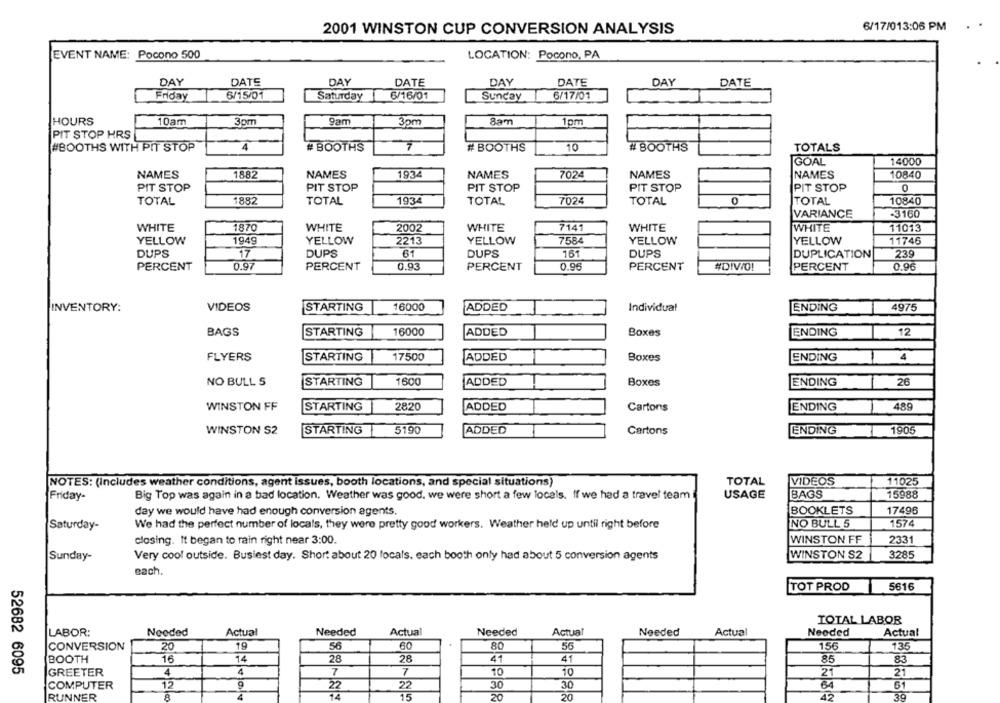
6/17/013:06 PM
2001 WINSTON CUP CONVERSION ANALYSIS
EVENT NAME: Pocono 500
LOCATION: Pocono, PA
DAY
DATE
DAY
DATE
DAY
DATE
DAY
DATE
Friday
6/15/01
Saturday
6/16/01
Sunday
6/17/01
HOURS
10am
3pm
9am
3pm
8am
1pm
PIT STOP HRS
#BOOTHS WITH PIT STOP
4
# BOOTHS
10
# BOOTHS
TOTALS
# BOOTHS
GOAL
14000
NAMES
1882
NAMES
1934
NAMES
7024
NAMES
NAMES
10840
PIT STOP
PIT STOP
PIT STOP
PIT STOP
PIT STOP
0
TOTAL
1882
TOTAL
1934
TOTAL
7024
TOTAL
TOTAL
10840
VARIANCE
-3160
WHITE
1870
WHITE
2002
WHITE
7141
WHITE
WHITE
11013
YELLOW
1949
YELLOW
2213
YELLOW
7584
YELLOW
YELLOW
11746
17
151
DUPS
239
DUPS
DUPS
61
DUPS
DUPLICATION
PERCENT
0.97
PERCENT
0.93
PERCENT
0.96
PERCENT
#DIVIO!
0.96
PERCENT
INVENTORY:
VIDEOS
STARTING
16000
ADDED
Individual
ENDING
4975
BAGS
STARTING
16000
ADDED
Boxes
ENDING
T
12
FLYERS
STARTING
17500
ADDED
Boxes
ENDING
1 4
NO BULL S
STARTING
1600
ADDED
Boxes
ENDING
26
WINSTON FF
STARTING
2820
ADDED
Cartons
ENDING
489
1
WINSTON S2
STARTING
5190
ADDED
Cartons
ENDING
1905
NOTES: (Includes weather conditions, agent issues, booth locations, and special situations)
TOTAL
VIDEOS
11025
Friday-
Big Top was again in a bad location. Weather was good, we were short a few locals. If we had a travel team
USAGE
BAGS
15988
day we would have had enough conversion agents.
BOOKLETS
17496
Saturday-
We had the perfect number of locals, they were pretty good workers. Weather held up until right before
NO BULL 5
1574
closing. It began to rain right near 3:00.
WINSTON FF
2331
WINSTON S2
3285
Sunday-
Very cool outside. Busiest day. Short about 20 locals. each booth only had about 5 conversion agents
each.
TOT PROD
5616
TOTAL LABOR
LABOR:
Needed
Actual
Needed
Actual
Needed
Actual
Needed
Actual
Needed
Actual
CONVERSION
20
19
56
60
80
50
156
135
BOOTH
16
14
28
28
41
41
85
83
52682 6095
GREETER
4
4
7
7
10
10
21
21
COMPUTER
12
9
22
22
30
30
64
61
15
20
20
42
39
RUNNER